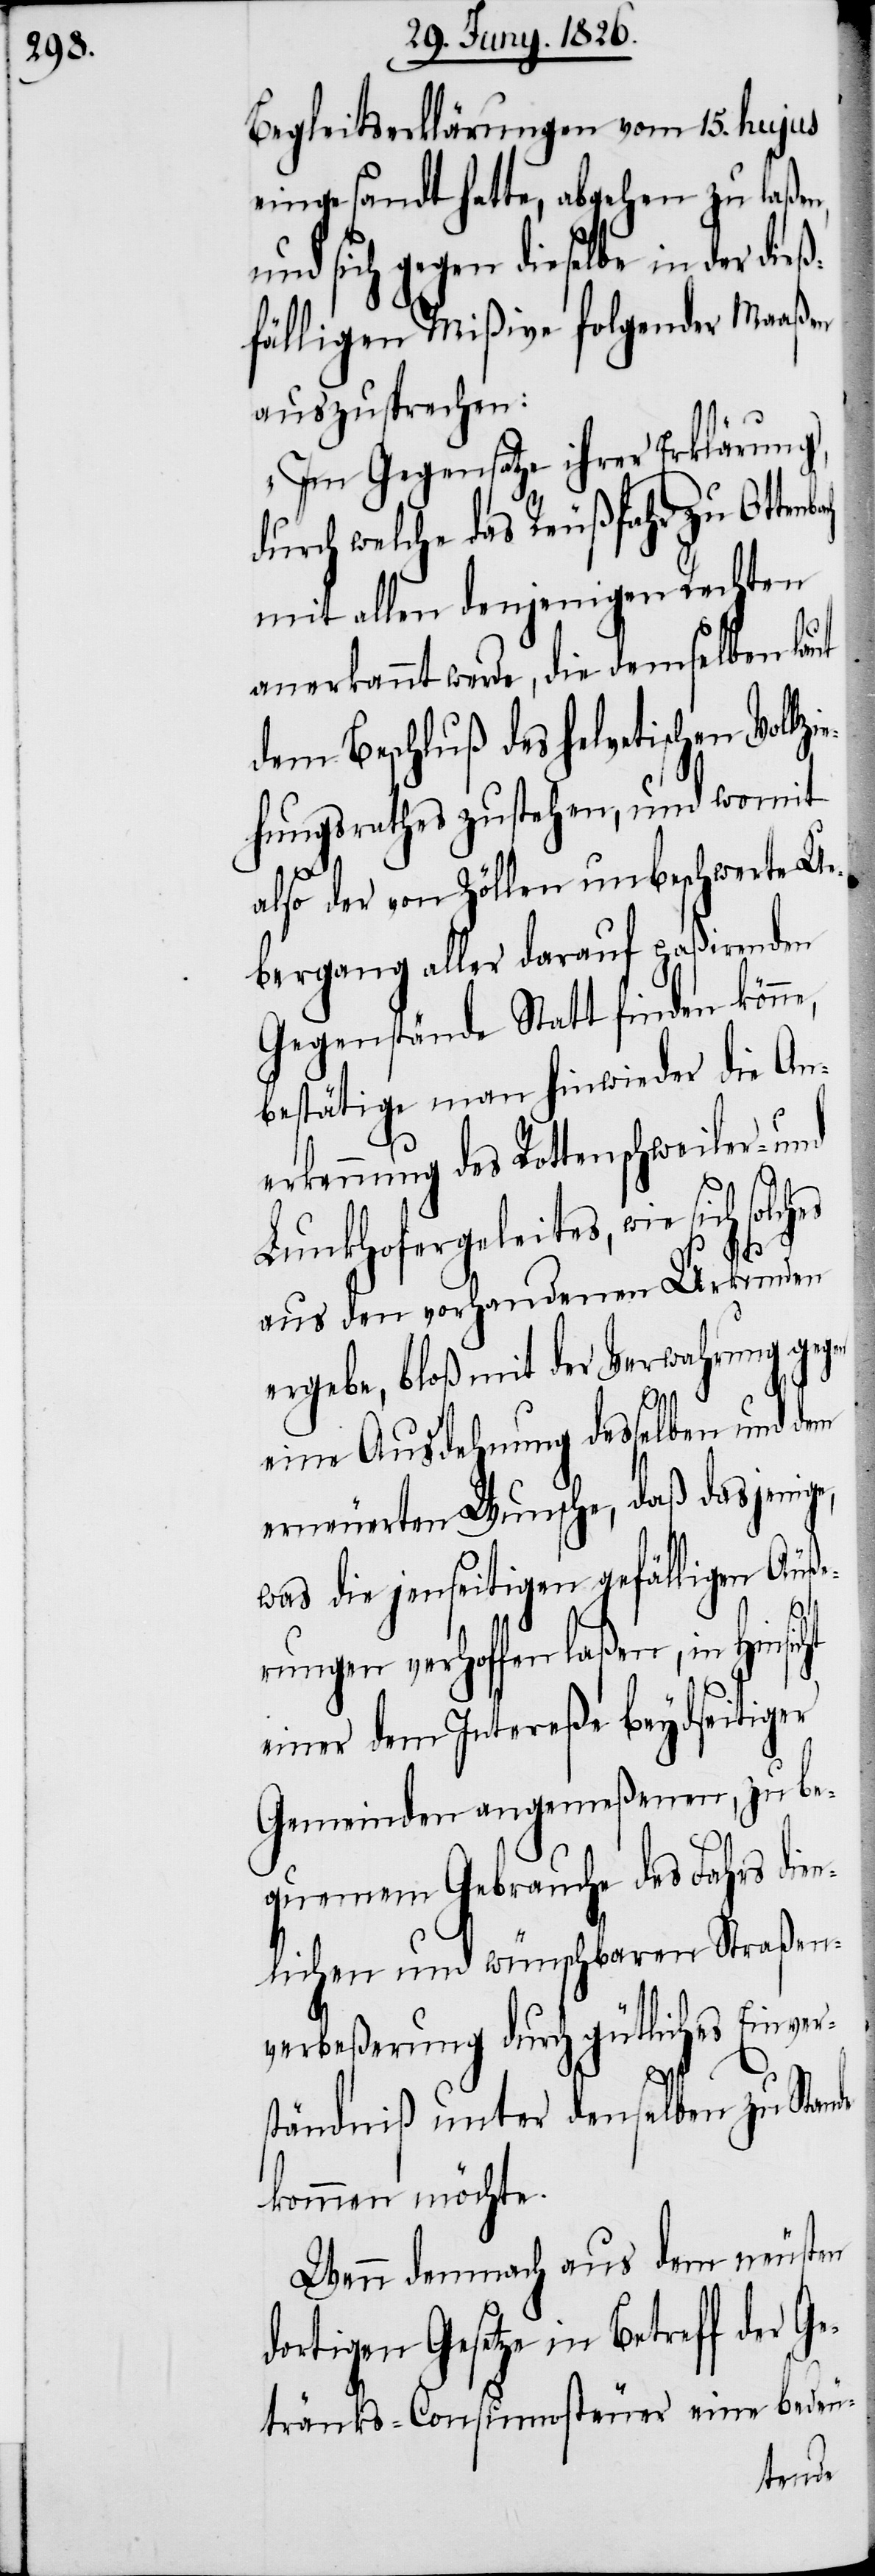
Begleitserklärungen vom 15. hujus
eingesandt hatte, abgehen zu laßen,
und sich gegen dieselbe in der dieß¬
fälligen Mißive folgender Maaßen
auszusprechen:
„Im Gegensatze ihrer Erklärung,
durch welche das Reußfahr zu Otten¬
mit allen denjenigen Rechten
anerkannt werde, die demselben laut
dem Beschluß des helvetischen Vollzi¬
ehungsrathes zustehen, und womit
also der von Zöllen unbeschwerte Ue¬
bergang aller darauf paßirenden
Gegenstände Statt finden kön¬
bestätige man hinwieder die An¬
erkennung des Rottenschweiler- und
Lunkhofergeleites, wie sich
aus den vorhandenen Urkunden
ergebe, bloß mit der Verwahrung geg¬
ht
eine Ausdehnung desselben und dem
erneuerten Wunsche, daß dasjenig¬
was die jenseitigen gefälligen Äuße¬
bach
rungen verhoffen laßen, in Hinsic¬
einer dem Intereße beydseitiger
Gemeinden angemeßenen, zu be¬
quemem Gebrauche des Fahrs dien¬
lichen und wünschbaren Straßen¬
verbeßerung durch gütliches Einver¬
ständniß unter denselben zu Stande
kommen möchte.
Wenn demnach aus dem neusten
dortigen Gesetze in Betreff der Ge¬
tränks-Consumosteuer eine bedeu-